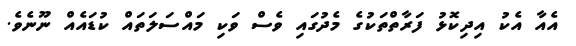
އެއާ އެކު އިދިކޮޅު ފަރާތްތަކުގެ މެދުގައި ވެސް ވަކި މައްސަލަތައް ކުޑައެއް ނޫނެވެ.